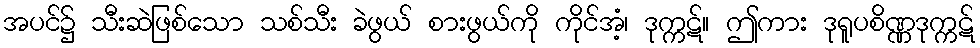
အပင်၌ သီးဆဲဖြစ်သော သစ်သီး ခဲဖွယ် စားဖွယ်ကို ကိုင်အံ့၊ ဒုက္ကဋ်။ ဤကား ဒုရူပစိဏ္ဏဒုက္ကဋ်